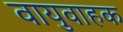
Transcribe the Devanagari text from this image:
वायुवाहक